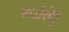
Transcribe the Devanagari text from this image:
घाटीसेतु